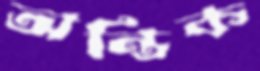
অন্তিক